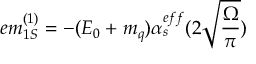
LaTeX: e m _ { 1 S } ^ { ( 1 ) } = - ( E _ { 0 } + m _ { q } ) \alpha _ { s } ^ { e f f } ( 2 \sqrt { \frac { \Omega } { \pi } } )